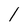
Character: l